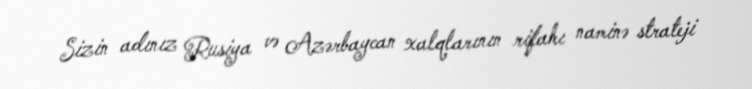
Sizin adınız Rusiya və Azərbaycan xalqlarının rifahı naminə strateji